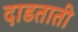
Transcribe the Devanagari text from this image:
दाडताती